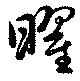
曜